Report of the Municipal Commissioner on the plague in Bombay for the year ending 31st May... - Volume 3
Disease focus: Plague
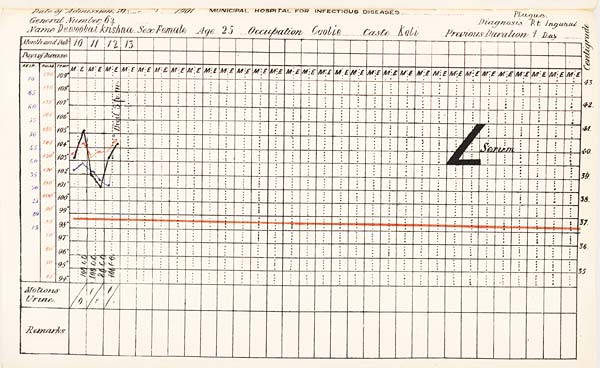
Date
of
Admission
1901
MUNICIPAL
HOSPITAL
FOR
INFECTIOUS
DISEASES.
General
Number
Diagnosis
Name
Sex
Age
Occupation
Caste
Previous
Duration